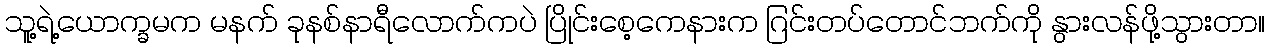
သူ့ရဲ့ယောက္ခမက မနက် ခုနစ်နာရီလောက်ကပဲ ပြိုင်းစေ့ကေနားက ဂြင်းတပ်တောင်ဘက်ကို နွားလန်ဖို့သွားတာ။